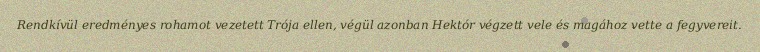
Rendkívül eredményes rohamot vezetett Trója ellen, végül azonban Hektór végzett vele és magához vette a fegyvereit.